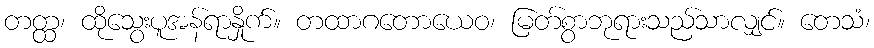
တတ္ထ၊ ထိုသွေးပူအန်ရာနှိုက်။ တထာဂတောယေဝ၊ မြတ်စွာဘုရားသည်သာလျှင်။ တေသံ၊